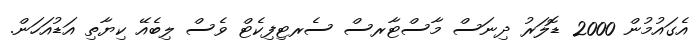
އެގައުމުން 2000 ޑޮލަރު ދިނަސް މާސްޓާރސް ސެރޓިފިކެޓް ވެސް ލިބެއޭ ކިޔާތި އަޑުއަހަން.